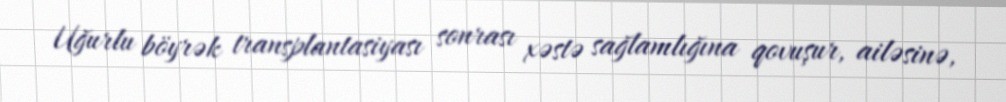
Uğurlu böyrək transplantasiyası sonrası xəstə sağlamlığına qovuşur, ailəsinə,